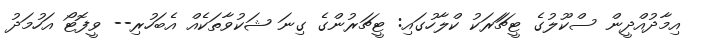
އިމާދުއްދީން ސްކޫލުގެ ޓީޗަަރަކު ކްލާހުގައި: ޓީޗަރުންގެ ގިނަ ޝަކުވާތަކެއް އެބަހުރި-- ވީފޮޓޯ އަހުމަދު